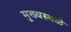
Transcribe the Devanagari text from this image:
मुख्यस्थळे